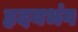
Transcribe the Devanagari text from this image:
हृदयभंग